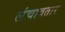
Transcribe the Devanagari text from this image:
लंचावतार